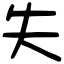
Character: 失